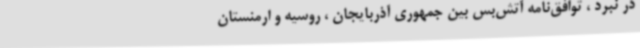
در نبرد ، توافق‌نامه آتش‌بس بین جمهوری آذربایجان ، روسیه و ارمنستان